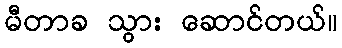
မီတာခ သွား ဆောင်တယ်။